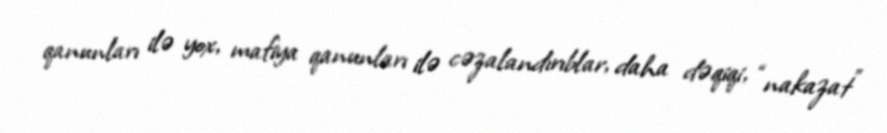
qanunları ilə yox, mafiya qanunları ilə cəzalandırıblar, daha dəqiqi, “nakazat”